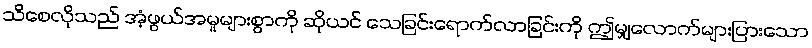
သိစေလိုသည် အံ့ဖွယ်အမှုများစွာကို ဆိုယင် သေခြင်းရောက်လာခြင်းကို ဤမျှလောက်များပြားသော